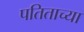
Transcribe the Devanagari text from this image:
पतिताच्या